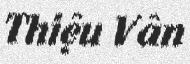
Thiệu Vân